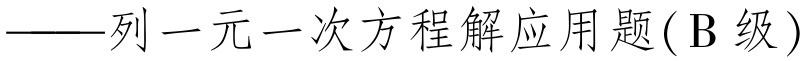
——列一元一次方程解应用题(B级)